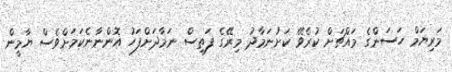
މަރިޔަމް ހަސަންގެ މައްޗަށް ކުރެވޭ ކަށުނަމާދު މިރޭގެ ފަތިސް ނަމާދަށްފަހު އޮންނާނެކަމަށްވެސް ޔާމީން